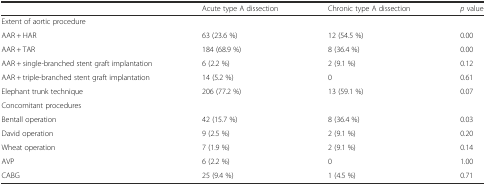
|  | Acute type A dissection | Chronic type A dissection | p value |
 | --- | --- | --- | --- |
 | Extent of aortic procedure |  |  |  |
 | AAR + HAR | 63 (23.6 %) | 12 (54.5 %) | 0.00 |
 | AAR + TAR | 184 (68.9 %) | 8 (36.4 %) | 0.00 |
 | AAR + single-branched stent graft implantation | 6 (2.2 %) | 2 (9.1 %) | 0.12 |
 | AAR + triple-branched stent graft implantation | 14 (5.2 %) | 0 | 0.61 |
 | Elephant trunk technique | 206 (77.2 %) | 13 (59.1 %) | 0.07 |
 | Concomitant procedures |  |  |  |
 | Bentall operation | 42 (15.7 %) | 8 (36.4 %) | 0.03 |
 | David operation | 9 (2.5 %) | 2 (9.1 %) | 0.20 |
 | Wheat operation | 7 (1.9 %) | 2 (9.1 %) | 0.14 |
 | AVP | 6 (2.2 %) | 0 | 1.00 |
 | CABG | 25 (9.4 %) | 1 (4.5 %) | 0.71 |